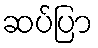
ဆပ်ပြာ